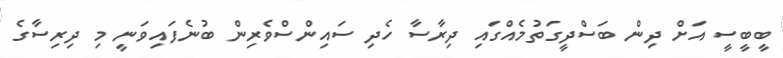
ބީބީސީ އަށް ދިން ބަސްދީގަތުމެއްގައި ދިރާސާ ހެދި ސައިންސްވެރިން ބުނެފައިވަނީ މި ދިރިސާގެ